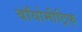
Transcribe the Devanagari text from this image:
बॉयोमीट्रिक्